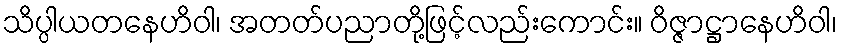
သိပ္ပါယတနေဟိဝါ၊ အတတ်ပညာတို့ဖြင့်လည်းကောင်း။ ဝိဇ္ဇာဋ္ဌာနေဟိဝါ၊